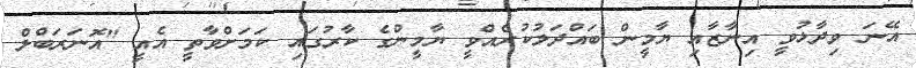
އޭނަ ވިދާޅުވީ އިނާޒާއި ޔާމީން ބައްދަލުކުރެއްވީ ޔާމީންގެ ކާރުގައި ކަމަށްވާތީ އެއީ "އޮނަރަބްލް